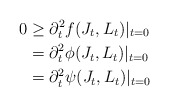
\begin{align*}0&\ge \partial_t^2f(J_t,L_t)|_{t=0}\\&=\partial_t^2\phi(J_t,L_t)|_{t=0}\\&=\partial_t^2\psi(J_t,L_t)|_{t=0}\end{align*}